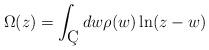
LaTeX: \begin{align*}\Omega (z) = \int _{\c C} dw\rho(w)\ln(z-w)\end{align*}